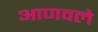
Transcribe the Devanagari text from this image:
आणवले